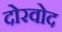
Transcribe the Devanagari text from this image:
दोरवोद